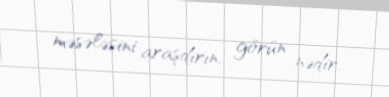
məsələsini araşdırın, görün nədir.